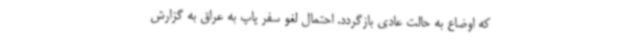
که اوضاع به حالت عادی بازگردد. احتمال لغو سفر پاپ به عراق به گزارش